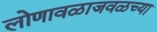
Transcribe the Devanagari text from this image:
लोणावळाजवळच्या